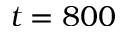
t = 8 0 0